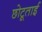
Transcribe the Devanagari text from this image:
छोटूताई